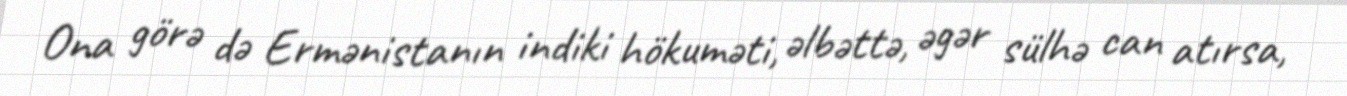
Ona görə də Ermənistanın indiki hökuməti, əlbəttə, əgər sülhə can atırsa,